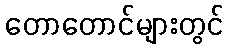
တောတောင်များတွင်